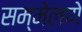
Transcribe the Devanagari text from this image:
सम्मेलणे